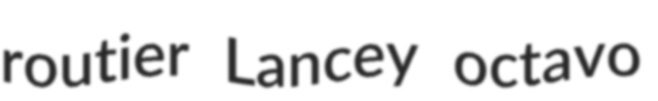
routier Lancey octavo